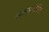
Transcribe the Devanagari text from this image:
पातरनचौणियां